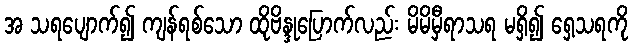
အ သရပျောက်၍ ကျန်ရစ်သော ထိုဗိန္ဒုပြောက်လည်း မိမိမှီရာသရ မရှိ၍ ရှေ့သရကို